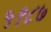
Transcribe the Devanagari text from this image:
५९८७